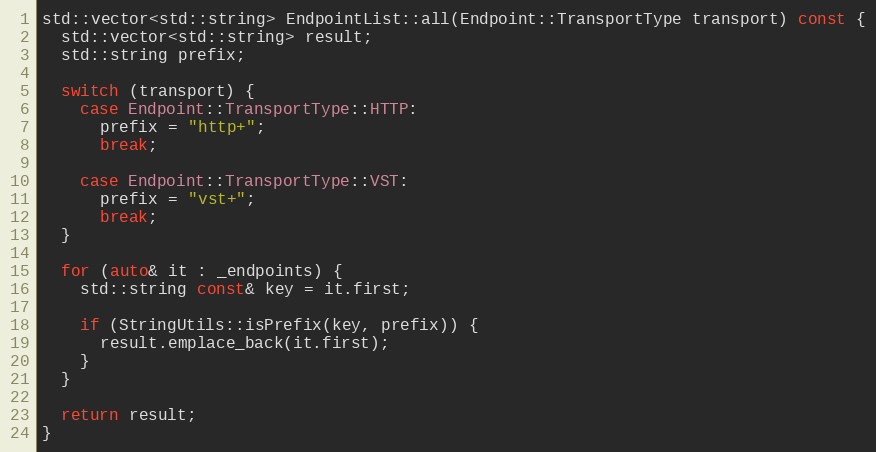
Language: C++
std::vector<std::string> EndpointList::all(Endpoint::TransportType transport) const {
  std::vector<std::string> result;
  std::string prefix;

  switch (transport) {
    case Endpoint::TransportType::HTTP:
      prefix = "http+";
      break;

    case Endpoint::TransportType::VST:
      prefix = "vst+";
      break;
  }

  for (auto& it : _endpoints) {
    std::string const& key = it.first;

    if (StringUtils::isPrefix(key, prefix)) {
      result.emplace_back(it.first);
    }
  }

  return result;
}